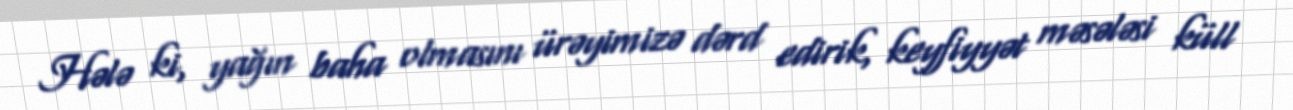
Hələ ki, yağın baha olmasını ürəyimizə dərd edirik, keyfiyyət məsələsi küll